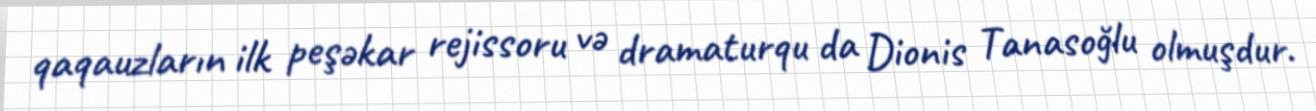
qaqauzların ilk peşəkar rejissoru və dramaturqu da Dionis Tanasoğlu olmuşdur.